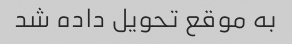
به موقع تحویل داده شد